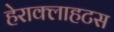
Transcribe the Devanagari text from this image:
हेराक्लाहटस